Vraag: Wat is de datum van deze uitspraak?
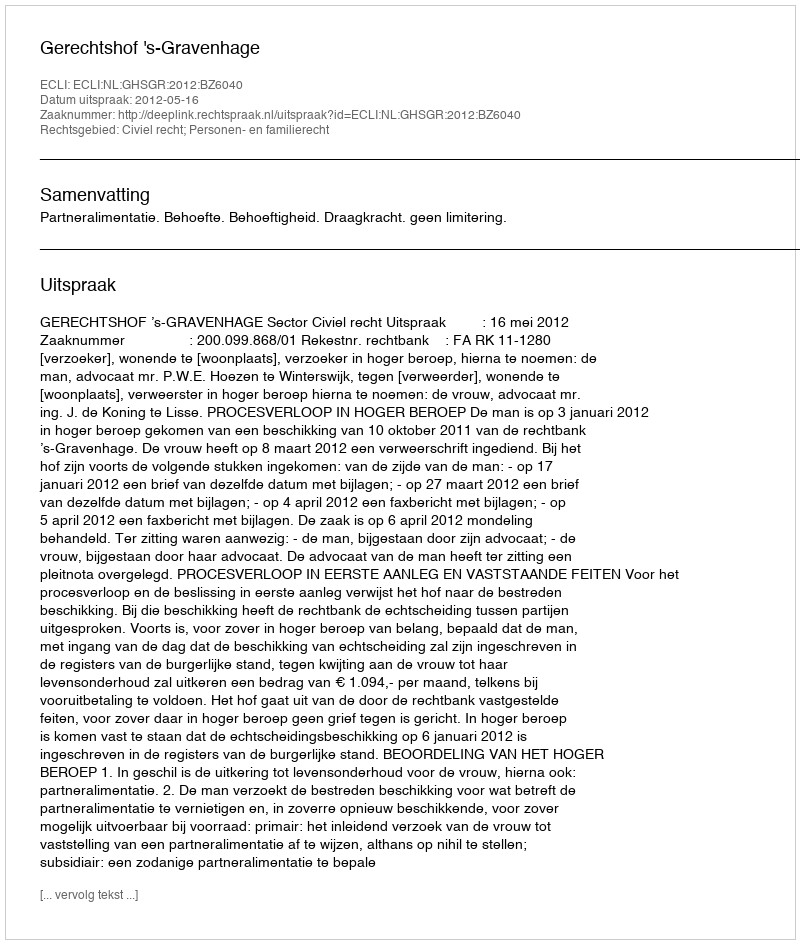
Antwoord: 2012-05-16